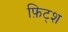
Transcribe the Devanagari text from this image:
फ़िट्श